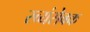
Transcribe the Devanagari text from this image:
स्व्यंसेवक